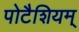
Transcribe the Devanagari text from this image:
पोटैशियम्‌